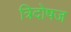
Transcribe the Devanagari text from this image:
त्रिदोषज